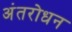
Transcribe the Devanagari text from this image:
अंतरोधन